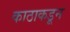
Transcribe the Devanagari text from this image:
काठाकडून